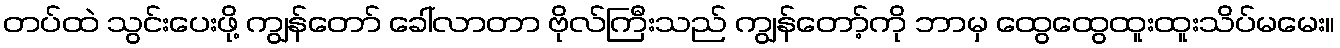
တပ်ထဲ သွင်းပေးဖို့ ကျွန်တော် ခေါ်လာတာ ဗိုလ်ကြီးသည် ကျွန်တော့်ကို ဘာမှ ထွေထွေထူးထူးသိပ်မမေး။